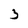
Character: 3